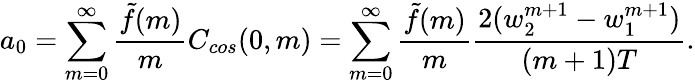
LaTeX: a_{0}=\sum_{m=0}^{\infty}\frac{\tilde{f}(m)}{m}C_{cos}(0,m)=\sum_{m=0}^{\infty}\frac{\tilde{f}(m)}{m}\frac{2(w_{2}^{m+1}-w_{1}^{m+1})}{(m+1)T}.